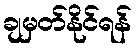
ချမှတ်နိုင်ရန်